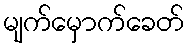
မျက်မှောက်ခေတ်